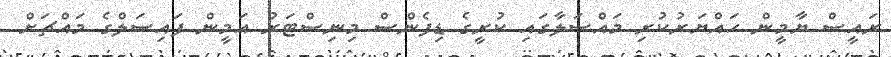
ރައީސް ޔާމީން ހައްޔަރުކުރި މައްސަލާގައި ކުރީގެ ޑިފެންސް މިނިސްޓަރު އަމީން ފައިސަލްގެ މައްޗަށް